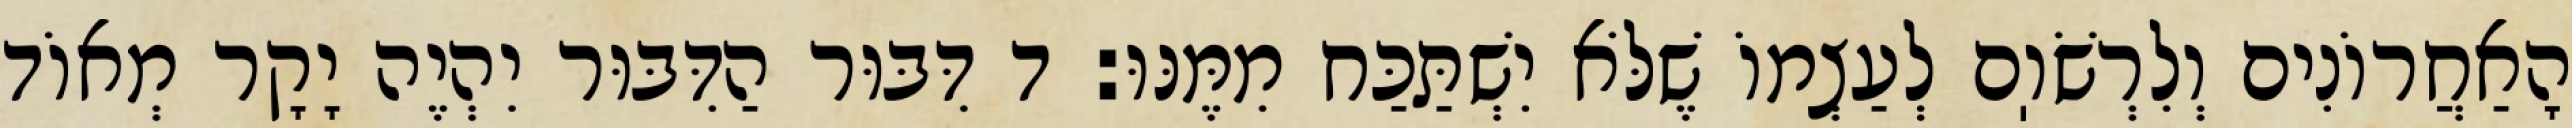
הָאַחֲרוֹנִים וְלִרְשֹׁוֽם לְעַצְמוֹ שֶׁלֹּא יִשְׁתַּכַּח מִמֶּנּוּ: ד דִּבּוּר הַדִּבּוּר יִהְיֶה יָקָר מְאוֹד